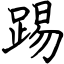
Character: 踢